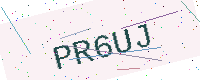
Text: PR6UJ